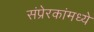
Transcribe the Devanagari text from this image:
संप्रेरकांमध्ये